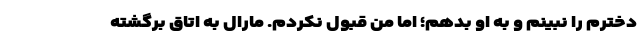
دخترم را نبینم و به او بدهم؛ اما من قبول نکردم. مارال به اتاق برگشته